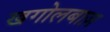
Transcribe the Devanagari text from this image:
खगोलबाज़